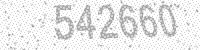
Solution: 542660